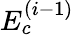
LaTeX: E_{c}^{(i-1)}